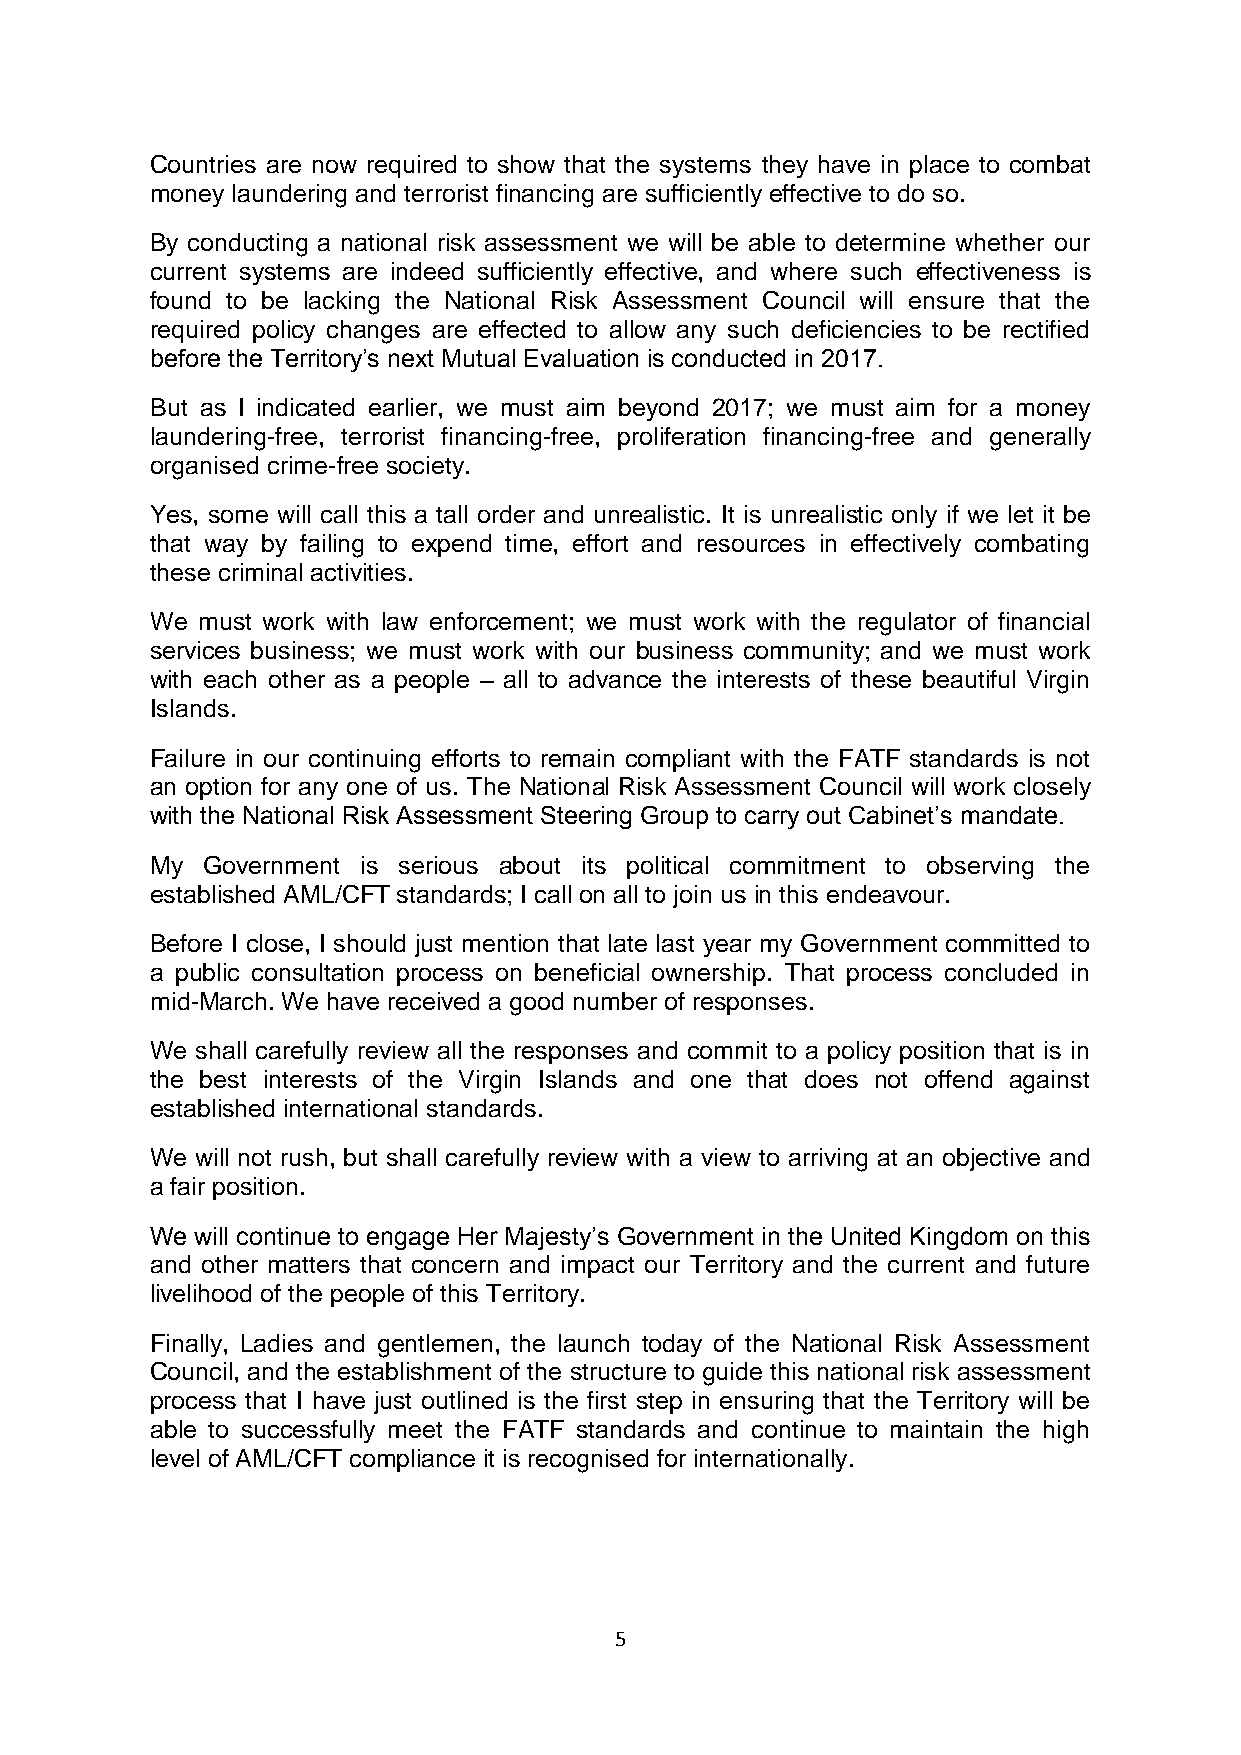
Countries are now required to show that the systems they have in place to combat
 money laundering and terrorist financing are sufficiently effective to do so.
 By conducting a national risk assessment we will be able to determine whether our
 current systems are indeed sufficiently effective, and where such effectiveness is
 found to be lacking the National Risk Assessment Council will ensure that the
 required policy changes are effected to allow any such deficiencies to be rectified
 before the Territory’s next Mutual Evaluation is conducted in 2017.
 But as I indicated earlier, we must aim beyond 2017; we must aim for a money
 laundering-free, terrorist financing-free, proliferation financing-free and generally
 organised crime-free society.
 Yes, some will call this a tall order and unrealistic. It is unrealistic only if we let it be
 that way by failing to expend time, effort and resources in effectively combating
 these criminal activities.
 We must work with law enforcement; we must work with the regulator of financial
 services business; we must work with our business community; and we must work
 with each other as a people – all to advance the interests of these beautiful Virgin
 Islands.
 Failure in our continuing efforts to remain compliant with the FATF standards is not
 an option for any one of us. The National Risk Assessment Council will work closely
 with the National Risk Assessment Steering Group to carry out Cabinet’s mandate.
 My Government is serious about its political commitment to observing the
 established AML/CFT standards; I call on all to join us in this endeavour.
 Before I close, I should just mention that late last year my Government committed to
 a public consultation process on beneficial ownership. That process concluded in
 mid-March. We have received a good number of responses.
 We shall carefully review all the responses and commit to a policy position that is in
 the best interests of the Virgin Islands and one that does not offend against
 established international standards.
 We will not rush, but shall carefully review with a view to arriving at an objective and
 a fair position.
 We will continue to engage Her Majesty’s Government in the United Kingdom on this
 and other matters that concern and impact our Territory and the current and future
 livelihood of the people of this Territory.
 Finally, Ladies and gentlemen, the launch today of the National Risk Assessment
 Council, and the establishment of the structure to guide this national risk assessment
 process that I have just outlined is the first step in ensuring that the Territory will be
 able to successfully meet the FATF standards and continue to maintain the high
 level of AML/CFT compliance it is recognised for internationally.
 5